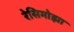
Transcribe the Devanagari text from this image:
रेसिमोझा